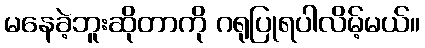
မနေခဲ့ဘူးဆိုတာကို ဂရုပြုရပါလိမ့်မယ်။